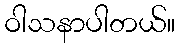
ဝါသနာပါတယ်။